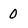
Character: 0